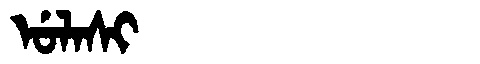
Manchu: ᡠᠯᠠᠰᡳ
Romanization: ULASI